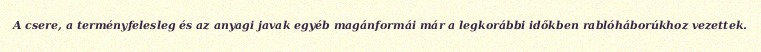
A csere, a terményfelesleg és az anyagi javak egyéb magánformái már a legkorábbi időkben rablóháborúkhoz vezettek.